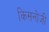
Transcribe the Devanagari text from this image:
किसनोजी